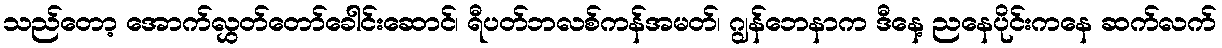
သည်တော့ အောက်လွှတ်တော်ခေါင်းဆောင်၊ ရီပတ်ဘလစ်ကန်အမတ်၊ ဂျွန်ဘေနာက ဒီနေ့ ညနေပိုင်းကနေ ဆက်လက်